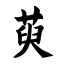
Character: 萸